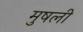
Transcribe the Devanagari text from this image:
मुषली